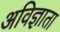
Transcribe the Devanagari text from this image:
अविज्ञाता